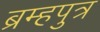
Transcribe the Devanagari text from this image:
ब्रम्हपुत्र